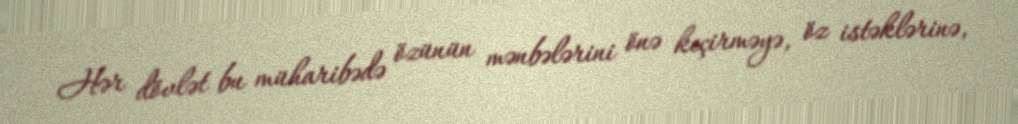
Hər dövlət bu müharibədə özünün mənbələrini önə keçirməyə, öz istəklərinə,